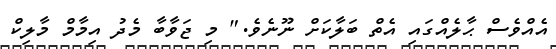
އެއްވެސް ޙާލެއްގައި އެތް ބަލާކަށް ނޫނެވެ." މި ޖަވާބާ މެދު އިމާމް މާލިކް